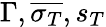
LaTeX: \Gamma,\overline{{\sigma_{T}}},s_{T}